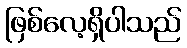
ဖြစ်လေ့ရှိပါသည်